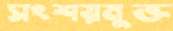
সংশয়মুক্ত